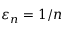
\varepsilon _ { n } = 1 / n